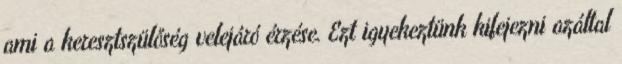
ami a keresztszülőség velejáró érzése. Ezt igyekeztünk kifejezni azáltal